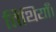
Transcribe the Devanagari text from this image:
तिथियाँ।